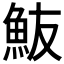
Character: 𩵼